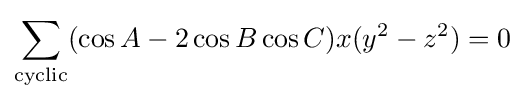
\sum _{\text{cyclic}}(\cos {A}-2\cos {B}\cos {C})x(y^{2}-z^{2})=0